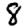
Digit: 8